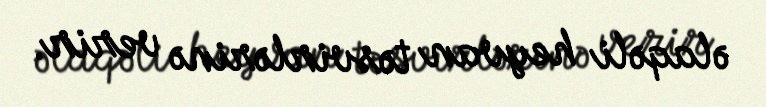
əlaqəli heyvan təsvirlərinə verir.